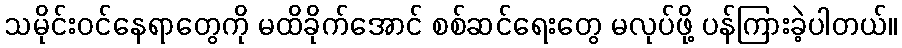
သမိုင်းဝင်နေရာတွေကို မထိခိုက်အောင် စစ်ဆင်ရေးတွေ မလုပ်ဖို့ ပန်ကြားခဲ့ပါတယ်။